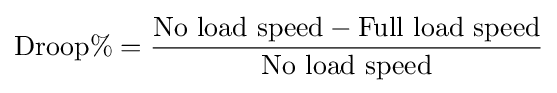
\mathrm {Droop\%} ={\frac {\mathrm {No\ load\ speed-Full\ load\ speed} }{\mathrm {No\ load\ speed} }}